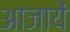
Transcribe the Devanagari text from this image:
आजायें